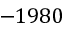
- 1 9 8 0